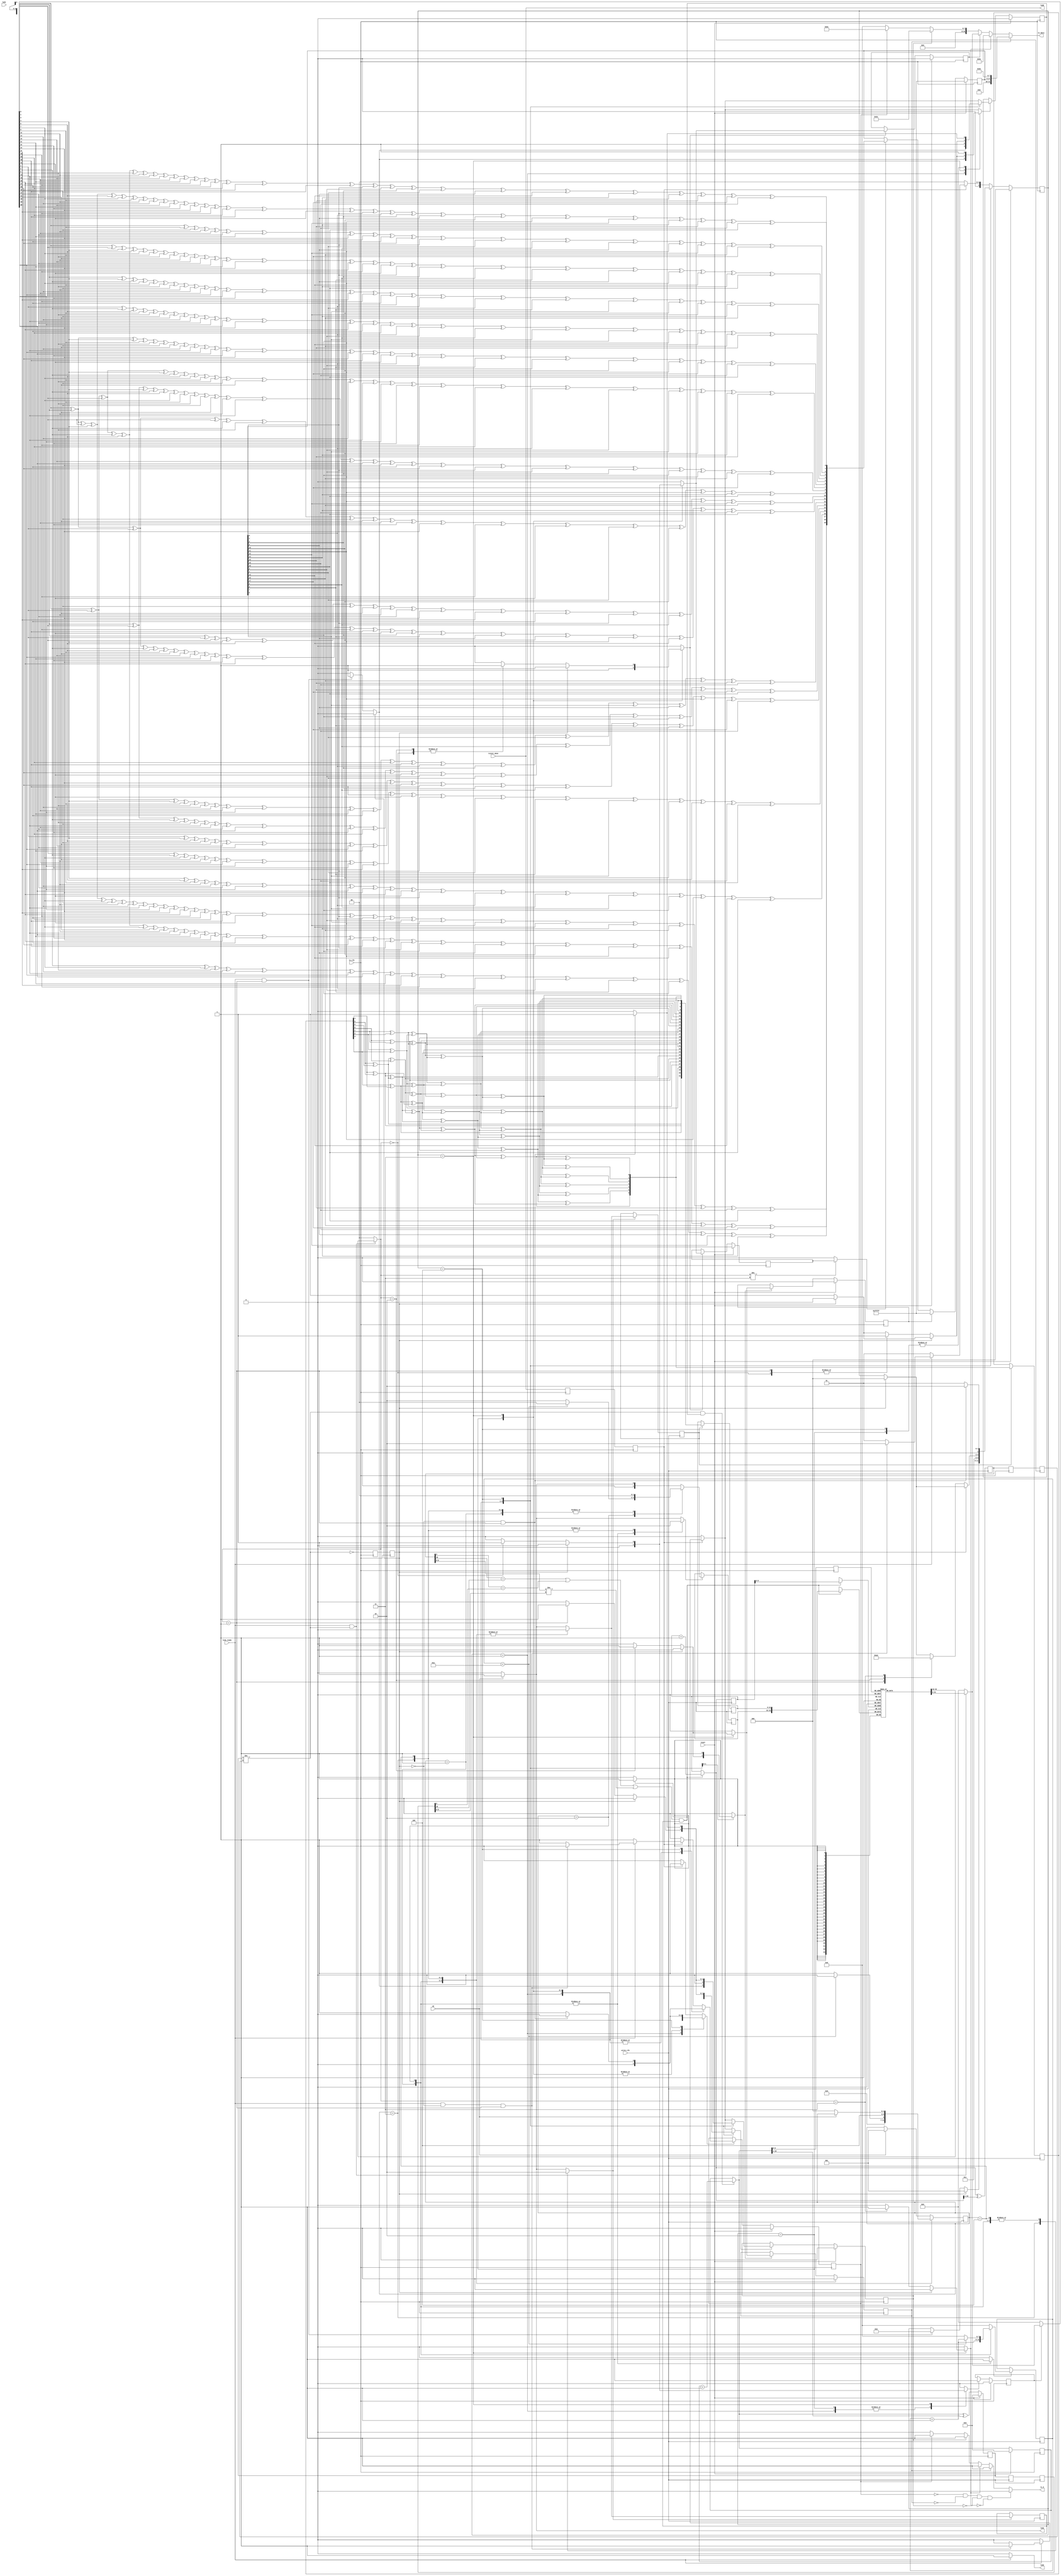
`timescale 1ns / 1ps
//////////////////////////////////////////////////////////////////////////////////
// Company: 
// Engineer: 
// 
// Design Name: 
// Module Name: top_logic
// Project Name: 
// Target Devices: 
// Tool Versions: 
// Description: 
// 
// Dependencies: 
// 
// Revision:
// Revision 0.01 - File Created
// Additional Comments:
// 
//////////////////////////////////////////////////////////////////////////////////


module top_logic(
	input link_ready,
	input we,
	output led0,
	input led1,
	output reg led2,
	output reg led3,
	input reset,
	input tx_clk,
	input write_clk,
	input txinit_done,
	output [31:0] tx_data,
	output tx_k
);

wire link_ready1;
reg [31:0] data_in;
reg [1:0] data_type_in;
reg [31:0] data_out;
wire fifo_empty0;
wire fifo_re;
wire tx_init_done0;
reg k;
reg [31:0] crc_encoder_i_data_payload;
reg crc_encoder_i_data_strobe;
wire [19:0] crc_encoder_o_crc;
wire crc_encoder_reset;
wire [31:0] crc_encoder_crc_dat;
reg [19:0] crc_encoder_crc_cur = 20'd1048575;
reg [19:0] crc_encoder_crc_next;
wire stream_controller_link_ready;
wire stream_controller_fifo_empty;
wire [1:0] stream_controller_data_type;
wire stream_controller_tx_init_done;
reg stream_controller_sop = 1'd0;
reg stream_controller_eop = 1'd0;
reg stream_controller_ign;
reg stream_controller_idle = 1'd0;
reg stream_controller_intermediate = 1'd0;
reg stream_controller_encoder_ready = 1'd0;
reg stream_controller_fifo_re = 1'd0;
reg stream_controller_strobe_crc = 1'd0;
reg stream_controller_reset_crc = 1'd0;
reg stream_controller_aux_ign = 1'd0;
reg stream_controller_reset = 1'd0;
wire tx_init_done1;
wire fifo_empty1;
wire write_clk_1;
reg write_rst = 1'd0;
wire tx_clk_1;
wire tx_rst;
wire asyncfifo_we;
wire asyncfifo_writable;
wire asyncfifo_re;
wire asyncfifo_readable;
wire [33:0] asyncfifo_din;
wire [33:0] asyncfifo_dout;
wire graycounter0_ce;
(* no_retiming = "true" *) reg [10:0] graycounter0_q = 11'd0;
wire [10:0] graycounter0_q_next;
reg [10:0] graycounter0_q_binary = 11'd0;
reg [10:0] graycounter0_q_next_binary;
wire graycounter1_ce;
(* no_retiming = "true" *) reg [10:0] graycounter1_q = 11'd0;
wire [10:0] graycounter1_q_next;
reg [10:0] graycounter1_q_binary = 11'd0;
reg [10:0] graycounter1_q_next_binary;
wire [10:0] produce_rdomain;
wire [10:0] consume_wdomain;
wire [9:0] wrport_adr;
wire [33:0] wrport_dat_r;
wire wrport_we;
wire [33:0] wrport_dat_w;
wire [9:0] rdport_adr;
wire [33:0] rdport_dat_r;
reg [31:0] o = 32'd0;
wire enable;
reg [6:0] state = 7'd1;
reg prbs_en = 1'd0;
reg [1:0] data_type = 2'd0;
reg [7:0] index = 8'd0;
wire [7:0] i_ignored;
reg write_fifo = 1'd0;
reg [2:0] tx_state = 3'd0;
reg [2:0] tx_next_state;
reg stream_controller_fifo_re_clockdomainsrenamer0_t_next_value0;
reg stream_controller_fifo_re_clockdomainsrenamer0_t_next_value_ce0;
reg stream_controller_sop_clockdomainsrenamer0_t_next_value1;
reg stream_controller_sop_clockdomainsrenamer0_t_next_value_ce1;
reg stream_controller_idle_clockdomainsrenamer0_t_next_value2;
reg stream_controller_idle_clockdomainsrenamer0_t_next_value_ce2;
reg stream_controller_encoder_ready_clockdomainsrenamer0_next_value0;
reg stream_controller_encoder_ready_clockdomainsrenamer0_next_value_ce0;
reg stream_controller_intermediate_clockdomainsrenamer0_next_value1;
reg stream_controller_intermediate_clockdomainsrenamer0_next_value_ce1;
reg stream_controller_strobe_crc_clockdomainsrenamer0_next_value2;
reg stream_controller_strobe_crc_clockdomainsrenamer0_next_value_ce2;
reg stream_controller_aux_ign_clockdomainsrenamer0_cases_next_value0;
reg stream_controller_aux_ign_clockdomainsrenamer0_cases_next_value_ce0;
reg stream_controller_eop_clockdomainsrenamer0_cases_next_value1;
reg stream_controller_eop_clockdomainsrenamer0_cases_next_value_ce1;
reg stream_controller_reset_crc_clockdomainsrenamer0_cases_next_value2;
reg stream_controller_reset_crc_clockdomainsrenamer0_cases_next_value_ce2;
reg [2:0] fsm_state = 3'd0;
reg [2:0] fsm_next_state;
reg prbs_en_clockdomainsrenamer1_next_value0;
reg prbs_en_clockdomainsrenamer1_next_value_ce0;
reg [1:0] data_type_clockdomainsrenamer1_next_value1;
reg data_type_clockdomainsrenamer1_next_value_ce1;
reg write_fifo_clockdomainsrenamer1_next_value2;
reg write_fifo_clockdomainsrenamer1_next_value_ce2;
reg [7:0] index_clockdomainsrenamer1_next_value3;
reg index_clockdomainsrenamer1_next_value_ce3;
(* no_retiming = "true" *) reg multiregimpl0_regs0 = 1'd0;
(* no_retiming = "true" *) reg multiregimpl0_regs1 = 1'd0;
(* no_retiming = "true" *) reg multiregimpl1_regs0 = 1'd0;
(* no_retiming = "true" *) reg multiregimpl1_regs1 = 1'd0;
(* no_retiming = "true" *) reg [10:0] multiregimpl2_regs0 = 11'd0;
(* no_retiming = "true" *) reg [10:0] multiregimpl2_regs1 = 11'd0;
(* no_retiming = "true" *) reg [10:0] multiregimpl3_regs0 = 11'd0;
(* no_retiming = "true" *) reg [10:0] multiregimpl3_regs1 = 11'd0;

// synthesis translate_off
reg dummy_s;
initial dummy_s <= 1'd0;
// synthesis translate_on

assign write_clk_1 = write_clk;
assign tx_rst = reset;
assign tx_clk_1 = tx_clk;
assign i_ignored = 6'd51;
assign asyncfifo_din = {data_type, o};
assign enable = prbs_en;
assign asyncfifo_we = write_fifo;
assign asyncfifo_re = fifo_re;
assign link_ready1 = link_ready;
assign fifo_empty0 = (~asyncfifo_readable);
assign tx_init_done0 = txinit_done;

// synthesis translate_off
reg dummy_d;
// synthesis translate_on
always @(*) begin
	data_in <= 32'd0;
	data_type_in <= 2'd0;
	if ((link_ready & asyncfifo_readable)) begin
		data_type_in <= asyncfifo_dout[33:32];
		data_in <= asyncfifo_dout[31:0];
	end
// synthesis translate_off
	dummy_d <= dummy_s;
// synthesis translate_on
end
assign tx_k = k;
assign led0 = txinit_done;

// synthesis translate_off
reg dummy_d_1;
// synthesis translate_on
always @(*) begin
	led3 <= 1'd0;
	if (we) begin
		led3 <= 1'd1;
	end
// synthesis translate_off
	dummy_d_1 <= dummy_s;
// synthesis translate_on
end
assign tx_data = data_out;

// synthesis translate_off
reg dummy_d_2;
// synthesis translate_on
always @(*) begin
	led2 <= 1'd0;
	if (link_ready) begin
		led2 <= 1'd1;
	end
// synthesis translate_off
	dummy_d_2 <= dummy_s;
// synthesis translate_on
end
assign graycounter0_ce = (asyncfifo_writable & asyncfifo_we);
assign graycounter1_ce = (asyncfifo_readable & asyncfifo_re);
assign asyncfifo_writable = (((graycounter0_q[10] == consume_wdomain[10]) | (graycounter0_q[9] == consume_wdomain[9])) | (graycounter0_q[8:0] != consume_wdomain[8:0]));
assign asyncfifo_readable = (graycounter1_q != produce_rdomain);
assign wrport_adr = graycounter0_q_binary[9:0];
assign wrport_dat_w = asyncfifo_din;
assign wrport_we = graycounter0_ce;
assign rdport_adr = graycounter1_q_next_binary[9:0];
assign asyncfifo_dout = rdport_dat_r;

// synthesis translate_off
reg dummy_d_3;
// synthesis translate_on
always @(*) begin
	graycounter0_q_next_binary <= 11'd0;
	if (graycounter0_ce) begin
		graycounter0_q_next_binary <= (graycounter0_q_binary + 1'd1);
	end else begin
		graycounter0_q_next_binary <= graycounter0_q_binary;
	end
// synthesis translate_off
	dummy_d_3 <= dummy_s;
// synthesis translate_on
end
assign graycounter0_q_next = (graycounter0_q_next_binary ^ graycounter0_q_next_binary[10:1]);

// synthesis translate_off
reg dummy_d_4;
// synthesis translate_on
always @(*) begin
	graycounter1_q_next_binary <= 11'd0;
	if (graycounter1_ce) begin
		graycounter1_q_next_binary <= (graycounter1_q_binary + 1'd1);
	end else begin
		graycounter1_q_next_binary <= graycounter1_q_binary;
	end
// synthesis translate_off
	dummy_d_4 <= dummy_s;
// synthesis translate_on
end
assign graycounter1_q_next = (graycounter1_q_next_binary ^ graycounter1_q_next_binary[10:1]);
assign stream_controller_link_ready = link_ready1;
assign stream_controller_fifo_empty = fifo_empty1;
assign stream_controller_data_type = data_type_in;
assign stream_controller_tx_init_done = tx_init_done1;
assign fifo_re = stream_controller_fifo_re;

// synthesis translate_off
reg dummy_d_5;
// synthesis translate_on
always @(*) begin
	crc_encoder_i_data_strobe <= 1'd0;
	if ((data_type_in != 2'd3)) begin
		crc_encoder_i_data_strobe <= stream_controller_strobe_crc;
	end
// synthesis translate_off
	dummy_d_5 <= dummy_s;
// synthesis translate_on
end
assign crc_encoder_reset = stream_controller_reset_crc;

// synthesis translate_off
reg dummy_d_6;
// synthesis translate_on
always @(*) begin
	crc_encoder_i_data_payload <= 32'd0;
	if (stream_controller_encoder_ready) begin
		crc_encoder_i_data_payload <= data_in;
	end
// synthesis translate_off
	dummy_d_6 <= dummy_s;
// synthesis translate_on
end

// synthesis translate_off
reg dummy_d_7;
// synthesis translate_on
always @(*) begin
	data_out <= 32'd0;
	k <= 1'd0;
	if (stream_controller_idle) begin
		data_out <= 8'd188;
		k <= 1'd1;
	end
	if (stream_controller_sop) begin
		data_out <= 6'd60;
		k <= 1'd1;
	end
	if (stream_controller_intermediate) begin
		data_out <= data_in;
	end
	if (stream_controller_ign) begin
		data_out <= 7'd92;
		k <= 1'd1;
	end
	if (stream_controller_eop) begin
		data_out <= {crc_encoder_o_crc, 8'd220};
		k <= 1'd1;
	end
	if (((((~stream_controller_idle) & (~stream_controller_eop)) & (~stream_controller_sop)) & (~stream_controller_ign))) begin
		k <= 1'd0;
	end
// synthesis translate_off
	dummy_d_7 <= dummy_s;
// synthesis translate_on
end
assign crc_encoder_crc_dat = crc_encoder_i_data_payload;
assign crc_encoder_o_crc = crc_encoder_crc_cur;

// synthesis translate_off
reg dummy_d_8;
// synthesis translate_on
always @(*) begin
	crc_encoder_crc_next <= 20'd151419;
	crc_encoder_crc_next[0] <= ((((((((((((((((((((((((((((crc_encoder_crc_dat[0] ^ crc_encoder_crc_dat[1]) ^ crc_encoder_crc_dat[3]) ^ crc_encoder_crc_dat[4]) ^ crc_encoder_crc_dat[6]) ^ crc_encoder_crc_dat[7]) ^ crc_encoder_crc_dat[8]) ^ crc_encoder_crc_dat[12]) ^ crc_encoder_crc_dat[13]) ^ crc_encoder_crc_dat[15]) ^ crc_encoder_crc_dat[21]) ^ crc_encoder_crc_dat[22]) ^ crc_encoder_crc_dat[23]) ^ crc_encoder_crc_dat[24]) ^ crc_encoder_crc_dat[26]) ^ crc_encoder_crc_dat[28]) ^ crc_encoder_crc_dat[30]) ^ crc_encoder_crc_dat[31]) ^ crc_encoder_crc_cur[0]) ^ crc_encoder_crc_cur[1]) ^ crc_encoder_crc_cur[3]) ^ crc_encoder_crc_cur[9]) ^ crc_encoder_crc_cur[10]) ^ crc_encoder_crc_cur[11]) ^ crc_encoder_crc_cur[12]) ^ crc_encoder_crc_cur[14]) ^ crc_encoder_crc_cur[16]) ^ crc_encoder_crc_cur[18]) ^ crc_encoder_crc_cur[19]);
	crc_encoder_crc_next[1] <= (((((((((((((((((((((((((((crc_encoder_crc_dat[0] ^ crc_encoder_crc_dat[2]) ^ crc_encoder_crc_dat[3]) ^ crc_encoder_crc_dat[5]) ^ crc_encoder_crc_dat[6]) ^ crc_encoder_crc_dat[9]) ^ crc_encoder_crc_dat[12]) ^ crc_encoder_crc_dat[14]) ^ crc_encoder_crc_dat[15]) ^ crc_encoder_crc_dat[16]) ^ crc_encoder_crc_dat[21]) ^ crc_encoder_crc_dat[25]) ^ crc_encoder_crc_dat[26]) ^ crc_encoder_crc_dat[27]) ^ crc_encoder_crc_dat[28]) ^ crc_encoder_crc_dat[29]) ^ crc_encoder_crc_dat[30]) ^ crc_encoder_crc_cur[0]) ^ crc_encoder_crc_cur[2]) ^ crc_encoder_crc_cur[3]) ^ crc_encoder_crc_cur[4]) ^ crc_encoder_crc_cur[9]) ^ crc_encoder_crc_cur[13]) ^ crc_encoder_crc_cur[14]) ^ crc_encoder_crc_cur[15]) ^ crc_encoder_crc_cur[16]) ^ crc_encoder_crc_cur[17]) ^ crc_encoder_crc_cur[18]);
	crc_encoder_crc_next[2] <= ((((((((((((((((((crc_encoder_crc_dat[0] ^ crc_encoder_crc_dat[8]) ^ crc_encoder_crc_dat[10]) ^ crc_encoder_crc_dat[12]) ^ crc_encoder_crc_dat[16]) ^ crc_encoder_crc_dat[17]) ^ crc_encoder_crc_dat[21]) ^ crc_encoder_crc_dat[23]) ^ crc_encoder_crc_dat[24]) ^ crc_encoder_crc_dat[27]) ^ crc_encoder_crc_dat[29]) ^ crc_encoder_crc_cur[0]) ^ crc_encoder_crc_cur[4]) ^ crc_encoder_crc_cur[5]) ^ crc_encoder_crc_cur[9]) ^ crc_encoder_crc_cur[11]) ^ crc_encoder_crc_cur[12]) ^ crc_encoder_crc_cur[15]) ^ crc_encoder_crc_cur[17]);
	crc_encoder_crc_next[3] <= (((((((((((((((((((((((((crc_encoder_crc_dat[0] ^ crc_encoder_crc_dat[3]) ^ crc_encoder_crc_dat[4]) ^ crc_encoder_crc_dat[6]) ^ crc_encoder_crc_dat[7]) ^ crc_encoder_crc_dat[8]) ^ crc_encoder_crc_dat[9]) ^ crc_encoder_crc_dat[11]) ^ crc_encoder_crc_dat[12]) ^ crc_encoder_crc_dat[15]) ^ crc_encoder_crc_dat[17]) ^ crc_encoder_crc_dat[18]) ^ crc_encoder_crc_dat[21]) ^ crc_encoder_crc_dat[23]) ^ crc_encoder_crc_dat[25]) ^ crc_encoder_crc_dat[26]) ^ crc_encoder_crc_dat[31]) ^ crc_encoder_crc_cur[0]) ^ crc_encoder_crc_cur[3]) ^ crc_encoder_crc_cur[5]) ^ crc_encoder_crc_cur[6]) ^ crc_encoder_crc_cur[9]) ^ crc_encoder_crc_cur[11]) ^ crc_encoder_crc_cur[13]) ^ crc_encoder_crc_cur[14]) ^ crc_encoder_crc_cur[19]);
	crc_encoder_crc_next[4] <= ((((((((((((((((((((((((crc_encoder_crc_dat[1] ^ crc_encoder_crc_dat[4]) ^ crc_encoder_crc_dat[5]) ^ crc_encoder_crc_dat[7]) ^ crc_encoder_crc_dat[8]) ^ crc_encoder_crc_dat[9]) ^ crc_encoder_crc_dat[10]) ^ crc_encoder_crc_dat[12]) ^ crc_encoder_crc_dat[13]) ^ crc_encoder_crc_dat[16]) ^ crc_encoder_crc_dat[18]) ^ crc_encoder_crc_dat[19]) ^ crc_encoder_crc_dat[22]) ^ crc_encoder_crc_dat[24]) ^ crc_encoder_crc_dat[26]) ^ crc_encoder_crc_dat[27]) ^ crc_encoder_crc_cur[0]) ^ crc_encoder_crc_cur[1]) ^ crc_encoder_crc_cur[4]) ^ crc_encoder_crc_cur[6]) ^ crc_encoder_crc_cur[7]) ^ crc_encoder_crc_cur[10]) ^ crc_encoder_crc_cur[12]) ^ crc_encoder_crc_cur[14]) ^ crc_encoder_crc_cur[15]);
	crc_encoder_crc_next[5] <= ((((((((((((((((((((((((crc_encoder_crc_dat[2] ^ crc_encoder_crc_dat[5]) ^ crc_encoder_crc_dat[6]) ^ crc_encoder_crc_dat[8]) ^ crc_encoder_crc_dat[9]) ^ crc_encoder_crc_dat[10]) ^ crc_encoder_crc_dat[11]) ^ crc_encoder_crc_dat[13]) ^ crc_encoder_crc_dat[14]) ^ crc_encoder_crc_dat[17]) ^ crc_encoder_crc_dat[19]) ^ crc_encoder_crc_dat[20]) ^ crc_encoder_crc_dat[23]) ^ crc_encoder_crc_dat[25]) ^ crc_encoder_crc_dat[27]) ^ crc_encoder_crc_dat[28]) ^ crc_encoder_crc_cur[1]) ^ crc_encoder_crc_cur[2]) ^ crc_encoder_crc_cur[5]) ^ crc_encoder_crc_cur[7]) ^ crc_encoder_crc_cur[8]) ^ crc_encoder_crc_cur[11]) ^ crc_encoder_crc_cur[13]) ^ crc_encoder_crc_cur[15]) ^ crc_encoder_crc_cur[16]);
	crc_encoder_crc_next[6] <= ((((((((((((((((((((((((crc_encoder_crc_dat[0] ^ crc_encoder_crc_dat[1]) ^ crc_encoder_crc_dat[4]) ^ crc_encoder_crc_dat[8]) ^ crc_encoder_crc_dat[9]) ^ crc_encoder_crc_dat[10]) ^ crc_encoder_crc_dat[11]) ^ crc_encoder_crc_dat[13]) ^ crc_encoder_crc_dat[14]) ^ crc_encoder_crc_dat[18]) ^ crc_encoder_crc_dat[20]) ^ crc_encoder_crc_dat[22]) ^ crc_encoder_crc_dat[23]) ^ crc_encoder_crc_dat[29]) ^ crc_encoder_crc_dat[30]) ^ crc_encoder_crc_dat[31]) ^ crc_encoder_crc_cur[1]) ^ crc_encoder_crc_cur[2]) ^ crc_encoder_crc_cur[6]) ^ crc_encoder_crc_cur[8]) ^ crc_encoder_crc_cur[10]) ^ crc_encoder_crc_cur[11]) ^ crc_encoder_crc_cur[17]) ^ crc_encoder_crc_cur[18]) ^ crc_encoder_crc_cur[19]);
	crc_encoder_crc_next[7] <= ((((((((((((((((((((((crc_encoder_crc_dat[0] ^ crc_encoder_crc_dat[2]) ^ crc_encoder_crc_dat[3]) ^ crc_encoder_crc_dat[4]) ^ crc_encoder_crc_dat[5]) ^ crc_encoder_crc_dat[6]) ^ crc_encoder_crc_dat[7]) ^ crc_encoder_crc_dat[8]) ^ crc_encoder_crc_dat[9]) ^ crc_encoder_crc_dat[10]) ^ crc_encoder_crc_dat[11]) ^ crc_encoder_crc_dat[13]) ^ crc_encoder_crc_dat[14]) ^ crc_encoder_crc_dat[19]) ^ crc_encoder_crc_dat[22]) ^ crc_encoder_crc_dat[26]) ^ crc_encoder_crc_dat[28]) ^ crc_encoder_crc_cur[1]) ^ crc_encoder_crc_cur[2]) ^ crc_encoder_crc_cur[7]) ^ crc_encoder_crc_cur[10]) ^ crc_encoder_crc_cur[14]) ^ crc_encoder_crc_cur[16]);
	crc_encoder_crc_next[8] <= (((((((((((((((((((((((crc_encoder_crc_dat[1] ^ crc_encoder_crc_dat[3]) ^ crc_encoder_crc_dat[4]) ^ crc_encoder_crc_dat[5]) ^ crc_encoder_crc_dat[6]) ^ crc_encoder_crc_dat[7]) ^ crc_encoder_crc_dat[8]) ^ crc_encoder_crc_dat[9]) ^ crc_encoder_crc_dat[10]) ^ crc_encoder_crc_dat[11]) ^ crc_encoder_crc_dat[12]) ^ crc_encoder_crc_dat[14]) ^ crc_encoder_crc_dat[15]) ^ crc_encoder_crc_dat[20]) ^ crc_encoder_crc_dat[23]) ^ crc_encoder_crc_dat[27]) ^ crc_encoder_crc_dat[29]) ^ crc_encoder_crc_cur[0]) ^ crc_encoder_crc_cur[2]) ^ crc_encoder_crc_cur[3]) ^ crc_encoder_crc_cur[8]) ^ crc_encoder_crc_cur[11]) ^ crc_encoder_crc_cur[15]) ^ crc_encoder_crc_cur[17]);
	crc_encoder_crc_next[9] <= (((((((((((((((((crc_encoder_crc_dat[0] ^ crc_encoder_crc_dat[1]) ^ crc_encoder_crc_dat[2]) ^ crc_encoder_crc_dat[3]) ^ crc_encoder_crc_dat[5]) ^ crc_encoder_crc_dat[9]) ^ crc_encoder_crc_dat[10]) ^ crc_encoder_crc_dat[11]) ^ crc_encoder_crc_dat[16]) ^ crc_encoder_crc_dat[22]) ^ crc_encoder_crc_dat[23]) ^ crc_encoder_crc_dat[26]) ^ crc_encoder_crc_dat[31]) ^ crc_encoder_crc_cur[4]) ^ crc_encoder_crc_cur[10]) ^ crc_encoder_crc_cur[11]) ^ crc_encoder_crc_cur[14]) ^ crc_encoder_crc_cur[19]);
	crc_encoder_crc_next[10] <= ((((((((((((((((crc_encoder_crc_dat[1] ^ crc_encoder_crc_dat[2]) ^ crc_encoder_crc_dat[3]) ^ crc_encoder_crc_dat[4]) ^ crc_encoder_crc_dat[6]) ^ crc_encoder_crc_dat[10]) ^ crc_encoder_crc_dat[11]) ^ crc_encoder_crc_dat[12]) ^ crc_encoder_crc_dat[17]) ^ crc_encoder_crc_dat[23]) ^ crc_encoder_crc_dat[24]) ^ crc_encoder_crc_dat[27]) ^ crc_encoder_crc_cur[0]) ^ crc_encoder_crc_cur[5]) ^ crc_encoder_crc_cur[11]) ^ crc_encoder_crc_cur[12]) ^ crc_encoder_crc_cur[15]);
	crc_encoder_crc_next[11] <= ((((((((((((((((((((((((crc_encoder_crc_dat[0] ^ crc_encoder_crc_dat[1]) ^ crc_encoder_crc_dat[2]) ^ crc_encoder_crc_dat[5]) ^ crc_encoder_crc_dat[6]) ^ crc_encoder_crc_dat[8]) ^ crc_encoder_crc_dat[11]) ^ crc_encoder_crc_dat[15]) ^ crc_encoder_crc_dat[18]) ^ crc_encoder_crc_dat[21]) ^ crc_encoder_crc_dat[22]) ^ crc_encoder_crc_dat[23]) ^ crc_encoder_crc_dat[25]) ^ crc_encoder_crc_dat[26]) ^ crc_encoder_crc_dat[30]) ^ crc_encoder_crc_dat[31]) ^ crc_encoder_crc_cur[3]) ^ crc_encoder_crc_cur[6]) ^ crc_encoder_crc_cur[9]) ^ crc_encoder_crc_cur[10]) ^ crc_encoder_crc_cur[11]) ^ crc_encoder_crc_cur[13]) ^ crc_encoder_crc_cur[14]) ^ crc_encoder_crc_cur[18]) ^ crc_encoder_crc_cur[19]);
	crc_encoder_crc_next[12] <= ((((((((((((((((((((crc_encoder_crc_dat[0] ^ crc_encoder_crc_dat[2]) ^ crc_encoder_crc_dat[4]) ^ crc_encoder_crc_dat[8]) ^ crc_encoder_crc_dat[9]) ^ crc_encoder_crc_dat[13]) ^ crc_encoder_crc_dat[15]) ^ crc_encoder_crc_dat[16]) ^ crc_encoder_crc_dat[19]) ^ crc_encoder_crc_dat[21]) ^ crc_encoder_crc_dat[27]) ^ crc_encoder_crc_dat[28]) ^ crc_encoder_crc_dat[30]) ^ crc_encoder_crc_cur[1]) ^ crc_encoder_crc_cur[3]) ^ crc_encoder_crc_cur[4]) ^ crc_encoder_crc_cur[7]) ^ crc_encoder_crc_cur[9]) ^ crc_encoder_crc_cur[15]) ^ crc_encoder_crc_cur[16]) ^ crc_encoder_crc_cur[18]);
	crc_encoder_crc_next[13] <= ((((((((((((((((((((crc_encoder_crc_dat[1] ^ crc_encoder_crc_dat[3]) ^ crc_encoder_crc_dat[5]) ^ crc_encoder_crc_dat[9]) ^ crc_encoder_crc_dat[10]) ^ crc_encoder_crc_dat[14]) ^ crc_encoder_crc_dat[16]) ^ crc_encoder_crc_dat[17]) ^ crc_encoder_crc_dat[20]) ^ crc_encoder_crc_dat[22]) ^ crc_encoder_crc_dat[28]) ^ crc_encoder_crc_dat[29]) ^ crc_encoder_crc_dat[31]) ^ crc_encoder_crc_cur[2]) ^ crc_encoder_crc_cur[4]) ^ crc_encoder_crc_cur[5]) ^ crc_encoder_crc_cur[8]) ^ crc_encoder_crc_cur[10]) ^ crc_encoder_crc_cur[16]) ^ crc_encoder_crc_cur[17]) ^ crc_encoder_crc_cur[19]);
	crc_encoder_crc_next[14] <= ((((((((((((((((((crc_encoder_crc_dat[2] ^ crc_encoder_crc_dat[4]) ^ crc_encoder_crc_dat[6]) ^ crc_encoder_crc_dat[10]) ^ crc_encoder_crc_dat[11]) ^ crc_encoder_crc_dat[15]) ^ crc_encoder_crc_dat[17]) ^ crc_encoder_crc_dat[18]) ^ crc_encoder_crc_dat[21]) ^ crc_encoder_crc_dat[23]) ^ crc_encoder_crc_dat[29]) ^ crc_encoder_crc_dat[30]) ^ crc_encoder_crc_cur[3]) ^ crc_encoder_crc_cur[5]) ^ crc_encoder_crc_cur[6]) ^ crc_encoder_crc_cur[9]) ^ crc_encoder_crc_cur[11]) ^ crc_encoder_crc_cur[17]) ^ crc_encoder_crc_cur[18]);
	crc_encoder_crc_next[15] <= (((((((((((((((((((crc_encoder_crc_dat[3] ^ crc_encoder_crc_dat[5]) ^ crc_encoder_crc_dat[7]) ^ crc_encoder_crc_dat[11]) ^ crc_encoder_crc_dat[12]) ^ crc_encoder_crc_dat[16]) ^ crc_encoder_crc_dat[18]) ^ crc_encoder_crc_dat[19]) ^ crc_encoder_crc_dat[22]) ^ crc_encoder_crc_dat[24]) ^ crc_encoder_crc_dat[30]) ^ crc_encoder_crc_dat[31]) ^ crc_encoder_crc_cur[0]) ^ crc_encoder_crc_cur[4]) ^ crc_encoder_crc_cur[6]) ^ crc_encoder_crc_cur[7]) ^ crc_encoder_crc_cur[10]) ^ crc_encoder_crc_cur[12]) ^ crc_encoder_crc_cur[18]) ^ crc_encoder_crc_cur[19]);
	crc_encoder_crc_next[16] <= ((((((((((((((((((crc_encoder_crc_dat[4] ^ crc_encoder_crc_dat[6]) ^ crc_encoder_crc_dat[8]) ^ crc_encoder_crc_dat[12]) ^ crc_encoder_crc_dat[13]) ^ crc_encoder_crc_dat[17]) ^ crc_encoder_crc_dat[19]) ^ crc_encoder_crc_dat[20]) ^ crc_encoder_crc_dat[23]) ^ crc_encoder_crc_dat[25]) ^ crc_encoder_crc_dat[31]) ^ crc_encoder_crc_cur[0]) ^ crc_encoder_crc_cur[1]) ^ crc_encoder_crc_cur[5]) ^ crc_encoder_crc_cur[7]) ^ crc_encoder_crc_cur[8]) ^ crc_encoder_crc_cur[11]) ^ crc_encoder_crc_cur[13]) ^ crc_encoder_crc_cur[19]);
	crc_encoder_crc_next[17] <= ((((((((((((((((crc_encoder_crc_dat[5] ^ crc_encoder_crc_dat[7]) ^ crc_encoder_crc_dat[9]) ^ crc_encoder_crc_dat[13]) ^ crc_encoder_crc_dat[14]) ^ crc_encoder_crc_dat[18]) ^ crc_encoder_crc_dat[20]) ^ crc_encoder_crc_dat[21]) ^ crc_encoder_crc_dat[24]) ^ crc_encoder_crc_dat[26]) ^ crc_encoder_crc_cur[1]) ^ crc_encoder_crc_cur[2]) ^ crc_encoder_crc_cur[6]) ^ crc_encoder_crc_cur[8]) ^ crc_encoder_crc_cur[9]) ^ crc_encoder_crc_cur[12]) ^ crc_encoder_crc_cur[14]);
	crc_encoder_crc_next[18] <= (((((((((((((((((((((((((((((crc_encoder_crc_dat[0] ^ crc_encoder_crc_dat[1]) ^ crc_encoder_crc_dat[3]) ^ crc_encoder_crc_dat[4]) ^ crc_encoder_crc_dat[7]) ^ crc_encoder_crc_dat[10]) ^ crc_encoder_crc_dat[12]) ^ crc_encoder_crc_dat[13]) ^ crc_encoder_crc_dat[14]) ^ crc_encoder_crc_dat[19]) ^ crc_encoder_crc_dat[23]) ^ crc_encoder_crc_dat[24]) ^ crc_encoder_crc_dat[25]) ^ crc_encoder_crc_dat[26]) ^ crc_encoder_crc_dat[27]) ^ crc_encoder_crc_dat[28]) ^ crc_encoder_crc_dat[30]) ^ crc_encoder_crc_dat[31]) ^ crc_encoder_crc_cur[0]) ^ crc_encoder_crc_cur[1]) ^ crc_encoder_crc_cur[2]) ^ crc_encoder_crc_cur[7]) ^ crc_encoder_crc_cur[11]) ^ crc_encoder_crc_cur[12]) ^ crc_encoder_crc_cur[13]) ^ crc_encoder_crc_cur[14]) ^ crc_encoder_crc_cur[15]) ^ crc_encoder_crc_cur[16]) ^ crc_encoder_crc_cur[18]) ^ crc_encoder_crc_cur[19]);
	crc_encoder_crc_next[19] <= ((((((((((((((((((((((((((crc_encoder_crc_dat[0] ^ crc_encoder_crc_dat[2]) ^ crc_encoder_crc_dat[3]) ^ crc_encoder_crc_dat[5]) ^ crc_encoder_crc_dat[6]) ^ crc_encoder_crc_dat[7]) ^ crc_encoder_crc_dat[11]) ^ crc_encoder_crc_dat[12]) ^ crc_encoder_crc_dat[14]) ^ crc_encoder_crc_dat[20]) ^ crc_encoder_crc_dat[21]) ^ crc_encoder_crc_dat[22]) ^ crc_encoder_crc_dat[23]) ^ crc_encoder_crc_dat[25]) ^ crc_encoder_crc_dat[27]) ^ crc_encoder_crc_dat[29]) ^ crc_encoder_crc_dat[30]) ^ crc_encoder_crc_cur[0]) ^ crc_encoder_crc_cur[2]) ^ crc_encoder_crc_cur[8]) ^ crc_encoder_crc_cur[9]) ^ crc_encoder_crc_cur[10]) ^ crc_encoder_crc_cur[11]) ^ crc_encoder_crc_cur[13]) ^ crc_encoder_crc_cur[15]) ^ crc_encoder_crc_cur[17]) ^ crc_encoder_crc_cur[18]);
// synthesis translate_off
	dummy_d_8 <= dummy_s;
// synthesis translate_on
end

// synthesis translate_off
reg dummy_d_9;
// synthesis translate_on
always @(*) begin
	stream_controller_ign <= 1'd0;
	tx_next_state <= 3'd0;
	stream_controller_fifo_re_clockdomainsrenamer0_t_next_value0 <= 1'd0;
	stream_controller_fifo_re_clockdomainsrenamer0_t_next_value_ce0 <= 1'd0;
	stream_controller_sop_clockdomainsrenamer0_t_next_value1 <= 1'd0;
	stream_controller_sop_clockdomainsrenamer0_t_next_value_ce1 <= 1'd0;
	stream_controller_idle_clockdomainsrenamer0_t_next_value2 <= 1'd0;
	stream_controller_idle_clockdomainsrenamer0_t_next_value_ce2 <= 1'd0;
	stream_controller_encoder_ready_clockdomainsrenamer0_next_value0 <= 1'd0;
	stream_controller_encoder_ready_clockdomainsrenamer0_next_value_ce0 <= 1'd0;
	stream_controller_intermediate_clockdomainsrenamer0_next_value1 <= 1'd0;
	stream_controller_intermediate_clockdomainsrenamer0_next_value_ce1 <= 1'd0;
	stream_controller_strobe_crc_clockdomainsrenamer0_next_value2 <= 1'd0;
	stream_controller_strobe_crc_clockdomainsrenamer0_next_value_ce2 <= 1'd0;
	stream_controller_aux_ign_clockdomainsrenamer0_cases_next_value0 <= 1'd0;
	stream_controller_aux_ign_clockdomainsrenamer0_cases_next_value_ce0 <= 1'd0;
	stream_controller_eop_clockdomainsrenamer0_cases_next_value1 <= 1'd0;
	stream_controller_eop_clockdomainsrenamer0_cases_next_value_ce1 <= 1'd0;
	stream_controller_reset_crc_clockdomainsrenamer0_cases_next_value2 <= 1'd0;
	stream_controller_reset_crc_clockdomainsrenamer0_cases_next_value_ce2 <= 1'd0;
	tx_next_state <= tx_state;
	case (tx_state)
		1'd1: begin
			stream_controller_encoder_ready_clockdomainsrenamer0_next_value0 <= 1'd1;
			stream_controller_encoder_ready_clockdomainsrenamer0_next_value_ce0 <= 1'd1;
			if (stream_controller_fifo_empty) begin
				tx_next_state <= 1'd1;
			end else begin
				if ((stream_controller_link_ready & (stream_controller_data_type == 1'd1))) begin
					tx_next_state <= 2'd2;
					stream_controller_fifo_re_clockdomainsrenamer0_t_next_value0 <= 1'd1;
					stream_controller_fifo_re_clockdomainsrenamer0_t_next_value_ce0 <= 1'd1;
					stream_controller_sop_clockdomainsrenamer0_t_next_value1 <= 1'd1;
					stream_controller_sop_clockdomainsrenamer0_t_next_value_ce1 <= 1'd1;
					stream_controller_idle_clockdomainsrenamer0_t_next_value2 <= 1'd0;
					stream_controller_idle_clockdomainsrenamer0_t_next_value_ce2 <= 1'd1;
				end
			end
		end
		2'd2: begin
			tx_next_state <= 2'd3;
			stream_controller_encoder_ready_clockdomainsrenamer0_next_value0 <= 1'd1;
			stream_controller_encoder_ready_clockdomainsrenamer0_next_value_ce0 <= 1'd1;
			stream_controller_intermediate_clockdomainsrenamer0_next_value1 <= 1'd1;
			stream_controller_intermediate_clockdomainsrenamer0_next_value_ce1 <= 1'd1;
			stream_controller_fifo_re_clockdomainsrenamer0_t_next_value0 <= 1'd1;
			stream_controller_fifo_re_clockdomainsrenamer0_t_next_value_ce0 <= 1'd1;
			stream_controller_sop_clockdomainsrenamer0_t_next_value1 <= 1'd0;
			stream_controller_sop_clockdomainsrenamer0_t_next_value_ce1 <= 1'd1;
			stream_controller_strobe_crc_clockdomainsrenamer0_next_value2 <= 1'd1;
			stream_controller_strobe_crc_clockdomainsrenamer0_next_value_ce2 <= 1'd1;
		end
		2'd3: begin
			if (stream_controller_fifo_empty) begin
				tx_next_state <= 1'd0;
			end else begin
				stream_controller_fifo_re_clockdomainsrenamer0_t_next_value0 <= 1'd1;
				stream_controller_fifo_re_clockdomainsrenamer0_t_next_value_ce0 <= 1'd1;
			end
			if ((~stream_controller_fifo_empty)) begin
				case (stream_controller_data_type)
					1'd0: begin
						stream_controller_encoder_ready_clockdomainsrenamer0_next_value0 <= 1'd1;
						stream_controller_encoder_ready_clockdomainsrenamer0_next_value_ce0 <= 1'd1;
						stream_controller_intermediate_clockdomainsrenamer0_next_value1 <= 1'd1;
						stream_controller_intermediate_clockdomainsrenamer0_next_value_ce1 <= 1'd1;
						stream_controller_strobe_crc_clockdomainsrenamer0_next_value2 <= 1'd1;
						stream_controller_strobe_crc_clockdomainsrenamer0_next_value_ce2 <= 1'd1;
						stream_controller_fifo_re_clockdomainsrenamer0_t_next_value0 <= 1'd1;
						stream_controller_fifo_re_clockdomainsrenamer0_t_next_value_ce0 <= 1'd1;
						stream_controller_aux_ign_clockdomainsrenamer0_cases_next_value0 <= 1'd0;
						stream_controller_aux_ign_clockdomainsrenamer0_cases_next_value_ce0 <= 1'd1;
					end
					1'd1: begin
						tx_next_state <= 2'd2;
						stream_controller_fifo_re_clockdomainsrenamer0_t_next_value0 <= 1'd1;
						stream_controller_fifo_re_clockdomainsrenamer0_t_next_value_ce0 <= 1'd1;
						stream_controller_sop_clockdomainsrenamer0_t_next_value1 <= 1'd1;
						stream_controller_sop_clockdomainsrenamer0_t_next_value_ce1 <= 1'd1;
					end
					2'd2: begin
						tx_next_state <= 3'd4;
						stream_controller_eop_clockdomainsrenamer0_cases_next_value1 <= 1'd1;
						stream_controller_eop_clockdomainsrenamer0_cases_next_value_ce1 <= 1'd1;
						stream_controller_strobe_crc_clockdomainsrenamer0_next_value2 <= 1'd0;
						stream_controller_strobe_crc_clockdomainsrenamer0_next_value_ce2 <= 1'd1;
						stream_controller_reset_crc_clockdomainsrenamer0_cases_next_value2 <= 1'd1;
						stream_controller_reset_crc_clockdomainsrenamer0_cases_next_value_ce2 <= 1'd1;
						stream_controller_intermediate_clockdomainsrenamer0_next_value1 <= 1'd0;
						stream_controller_intermediate_clockdomainsrenamer0_next_value_ce1 <= 1'd1;
						stream_controller_aux_ign_clockdomainsrenamer0_cases_next_value0 <= 1'd0;
						stream_controller_aux_ign_clockdomainsrenamer0_cases_next_value_ce0 <= 1'd1;
					end
					2'd3: begin
						tx_next_state <= 2'd3;
						stream_controller_ign <= 1'd1;
					end
				endcase
			end
		end
		3'd4: begin
			stream_controller_eop_clockdomainsrenamer0_cases_next_value1 <= 1'd0;
			stream_controller_eop_clockdomainsrenamer0_cases_next_value_ce1 <= 1'd1;
			stream_controller_reset_crc_clockdomainsrenamer0_cases_next_value2 <= 1'd0;
			stream_controller_reset_crc_clockdomainsrenamer0_cases_next_value_ce2 <= 1'd1;
			if (((~stream_controller_fifo_empty) & (stream_controller_data_type == 1'd1))) begin
				tx_next_state <= 2'd2;
				stream_controller_fifo_re_clockdomainsrenamer0_t_next_value0 <= 1'd1;
				stream_controller_fifo_re_clockdomainsrenamer0_t_next_value_ce0 <= 1'd1;
				stream_controller_sop_clockdomainsrenamer0_t_next_value1 <= 1'd1;
				stream_controller_sop_clockdomainsrenamer0_t_next_value_ce1 <= 1'd1;
			end else begin
				stream_controller_idle_clockdomainsrenamer0_t_next_value2 <= 1'd1;
				stream_controller_idle_clockdomainsrenamer0_t_next_value_ce2 <= 1'd1;
				stream_controller_fifo_re_clockdomainsrenamer0_t_next_value0 <= 1'd0;
				stream_controller_fifo_re_clockdomainsrenamer0_t_next_value_ce0 <= 1'd1;
				tx_next_state <= 1'd1;
			end
		end
		default: begin
			if (stream_controller_tx_init_done) begin
				if (stream_controller_link_ready) begin
					if (((stream_controller_link_ready & (~stream_controller_fifo_empty)) & (stream_controller_data_type == 1'd1))) begin
						tx_next_state <= 2'd2;
						stream_controller_fifo_re_clockdomainsrenamer0_t_next_value0 <= 1'd1;
						stream_controller_fifo_re_clockdomainsrenamer0_t_next_value_ce0 <= 1'd1;
						stream_controller_sop_clockdomainsrenamer0_t_next_value1 <= 1'd1;
						stream_controller_sop_clockdomainsrenamer0_t_next_value_ce1 <= 1'd1;
						stream_controller_idle_clockdomainsrenamer0_t_next_value2 <= 1'd0;
						stream_controller_idle_clockdomainsrenamer0_t_next_value_ce2 <= 1'd1;
					end else begin
						tx_next_state <= 1'd1;
						stream_controller_idle_clockdomainsrenamer0_t_next_value2 <= 1'd1;
						stream_controller_idle_clockdomainsrenamer0_t_next_value_ce2 <= 1'd1;
					end
				end else begin
					tx_next_state <= 1'd1;
					stream_controller_idle_clockdomainsrenamer0_t_next_value2 <= 1'd1;
					stream_controller_idle_clockdomainsrenamer0_t_next_value_ce2 <= 1'd1;
				end
			end else begin
				tx_next_state <= 1'd0;
			end
		end
	endcase
// synthesis translate_off
	dummy_d_9 <= dummy_s;
// synthesis translate_on
end

// synthesis translate_off
reg dummy_d_10;
// synthesis translate_on
always @(*) begin
	fsm_next_state <= 3'd0;
	prbs_en_clockdomainsrenamer1_next_value0 <= 1'd0;
	prbs_en_clockdomainsrenamer1_next_value_ce0 <= 1'd0;
	data_type_clockdomainsrenamer1_next_value1 <= 2'd0;
	data_type_clockdomainsrenamer1_next_value_ce1 <= 1'd0;
	write_fifo_clockdomainsrenamer1_next_value2 <= 1'd0;
	write_fifo_clockdomainsrenamer1_next_value_ce2 <= 1'd0;
	index_clockdomainsrenamer1_next_value3 <= 8'd0;
	index_clockdomainsrenamer1_next_value_ce3 <= 1'd0;
	fsm_next_state <= fsm_state;
	case (fsm_state)
		1'd1: begin
			data_type_clockdomainsrenamer1_next_value1 <= 1'd0;
			data_type_clockdomainsrenamer1_next_value_ce1 <= 1'd1;
			index_clockdomainsrenamer1_next_value3 <= (index + 1'd1);
			index_clockdomainsrenamer1_next_value_ce3 <= 1'd1;
			fsm_next_state <= 2'd2;
		end
		2'd2: begin
			if ((index < 8'd10)) begin
				data_type_clockdomainsrenamer1_next_value1 <= 1'd0;
				data_type_clockdomainsrenamer1_next_value_ce1 <= 1'd1;
				index_clockdomainsrenamer1_next_value3 <= (index + 1'd1);
				index_clockdomainsrenamer1_next_value_ce3 <= 1'd1;
				fsm_next_state <= 2'd2;
			end else begin
				fsm_next_state <= 2'd3;
				data_type_clockdomainsrenamer1_next_value1 <= 2'd2;
				data_type_clockdomainsrenamer1_next_value_ce1 <= 1'd1;
				index_clockdomainsrenamer1_next_value3 <= 1'd0;
				index_clockdomainsrenamer1_next_value_ce3 <= 1'd1;
			end
		end
		2'd3: begin
			prbs_en_clockdomainsrenamer1_next_value0 <= 1'd0;
			prbs_en_clockdomainsrenamer1_next_value_ce0 <= 1'd1;
			write_fifo_clockdomainsrenamer1_next_value2 <= 1'd0;
			write_fifo_clockdomainsrenamer1_next_value_ce2 <= 1'd1;
			fsm_next_state <= 3'd4;
		end
		3'd4: begin
			if ((~we)) begin
				fsm_next_state <= 1'd0;
			end
		end
		default: begin
			if (we) begin
				prbs_en_clockdomainsrenamer1_next_value0 <= 1'd1;
				prbs_en_clockdomainsrenamer1_next_value_ce0 <= 1'd1;
				data_type_clockdomainsrenamer1_next_value1 <= 1'd1;
				data_type_clockdomainsrenamer1_next_value_ce1 <= 1'd1;
				write_fifo_clockdomainsrenamer1_next_value2 <= 1'd1;
				write_fifo_clockdomainsrenamer1_next_value_ce2 <= 1'd1;
				fsm_next_state <= 1'd1;
			end
		end
	endcase
// synthesis translate_off
	dummy_d_10 <= dummy_s;
// synthesis translate_on
end
assign tx_init_done1 = multiregimpl0_regs1;
assign fifo_empty1 = multiregimpl1_regs1;
assign produce_rdomain = multiregimpl2_regs1;
assign consume_wdomain = multiregimpl3_regs1;

always @(posedge tx_clk_1) begin
	graycounter1_q_binary <= graycounter1_q_next_binary;
	graycounter1_q <= graycounter1_q_next;
	if (crc_encoder_i_data_strobe) begin
		crc_encoder_crc_cur <= crc_encoder_crc_next;
	end
	if (crc_encoder_reset) begin
		crc_encoder_crc_cur <= 20'd1048575;
	end
	tx_state <= tx_next_state;
	if (stream_controller_fifo_re_clockdomainsrenamer0_t_next_value_ce0) begin
		stream_controller_fifo_re <= stream_controller_fifo_re_clockdomainsrenamer0_t_next_value0;
	end
	if (stream_controller_sop_clockdomainsrenamer0_t_next_value_ce1) begin
		stream_controller_sop <= stream_controller_sop_clockdomainsrenamer0_t_next_value1;
	end
	if (stream_controller_idle_clockdomainsrenamer0_t_next_value_ce2) begin
		stream_controller_idle <= stream_controller_idle_clockdomainsrenamer0_t_next_value2;
	end
	if (stream_controller_encoder_ready_clockdomainsrenamer0_next_value_ce0) begin
		stream_controller_encoder_ready <= stream_controller_encoder_ready_clockdomainsrenamer0_next_value0;
	end
	if (stream_controller_intermediate_clockdomainsrenamer0_next_value_ce1) begin
		stream_controller_intermediate <= stream_controller_intermediate_clockdomainsrenamer0_next_value1;
	end
	if (stream_controller_strobe_crc_clockdomainsrenamer0_next_value_ce2) begin
		stream_controller_strobe_crc <= stream_controller_strobe_crc_clockdomainsrenamer0_next_value2;
	end
	if (stream_controller_aux_ign_clockdomainsrenamer0_cases_next_value_ce0) begin
		stream_controller_aux_ign <= stream_controller_aux_ign_clockdomainsrenamer0_cases_next_value0;
	end
	if (stream_controller_eop_clockdomainsrenamer0_cases_next_value_ce1) begin
		stream_controller_eop <= stream_controller_eop_clockdomainsrenamer0_cases_next_value1;
	end
	if (stream_controller_reset_crc_clockdomainsrenamer0_cases_next_value_ce2) begin
		stream_controller_reset_crc <= stream_controller_reset_crc_clockdomainsrenamer0_cases_next_value2;
	end
	if (stream_controller_reset) begin
		stream_controller_sop <= 1'd0;
		stream_controller_eop <= 1'd0;
		stream_controller_idle <= 1'd0;
		stream_controller_intermediate <= 1'd0;
		stream_controller_encoder_ready <= 1'd0;
		stream_controller_fifo_re <= 1'd0;
		stream_controller_strobe_crc <= 1'd0;
		stream_controller_reset_crc <= 1'd0;
		stream_controller_aux_ign <= 1'd0;
		tx_state <= 3'd0;
	end
	if (tx_rst) begin
		crc_encoder_crc_cur <= 20'd1048575;
		stream_controller_sop <= 1'd0;
		stream_controller_eop <= 1'd0;
		stream_controller_idle <= 1'd0;
		stream_controller_intermediate <= 1'd0;
		stream_controller_encoder_ready <= 1'd0;
		stream_controller_fifo_re <= 1'd0;
		stream_controller_strobe_crc <= 1'd0;
		stream_controller_reset_crc <= 1'd0;
		stream_controller_aux_ign <= 1'd0;
		graycounter1_q <= 11'd0;
		graycounter1_q_binary <= 11'd0;
		tx_state <= 3'd0;
	end
	multiregimpl0_regs0 <= tx_init_done0;
	multiregimpl0_regs1 <= multiregimpl0_regs0;
	multiregimpl1_regs0 <= fifo_empty0;
	multiregimpl1_regs1 <= multiregimpl1_regs0;
	multiregimpl2_regs0 <= graycounter0_q;
	multiregimpl2_regs1 <= multiregimpl2_regs0;
end

always @(posedge write_clk_1) begin
	graycounter0_q_binary <= graycounter0_q_next_binary;
	graycounter0_q <= graycounter0_q_next;
	if (enable) begin
		state <= {(((((state[4] ^ state[5]) ^ (state[5] ^ state[6])) ^ ((state[5] ^ state[6]) ^ state[0])) ^ (((state[5] ^ state[6]) ^ state[0]) ^ (state[0] ^ state[1]))) ^ ((((state[5] ^ state[6]) ^ state[0]) ^ (state[0] ^ state[1])) ^ ((state[0] ^ state[1]) ^ (state[1] ^ state[2])))), (((((state[3] ^ state[4]) ^ (state[4] ^ state[5])) ^ ((state[4] ^ state[5]) ^ (state[5] ^ state[6]))) ^ (((state[4] ^ state[5]) ^ (state[5] ^ state[6])) ^ ((state[5] ^ state[6]) ^ state[0]))) ^ ((((state[4] ^ state[5]) ^ (state[5] ^ state[6])) ^ ((state[5] ^ state[6]) ^ state[0])) ^ (((state[5] ^ state[6]) ^ state[0]) ^ (state[0] ^ state[1])))), (((((state[2] ^ state[3]) ^ (state[3] ^ state[4])) ^ ((state[3] ^ state[4]) ^ (state[4] ^ state[5]))) ^ (((state[3] ^ state[4]) ^ (state[4] ^ state[5])) ^ ((state[4] ^ state[5]) ^ (state[5] ^ state[6])))) ^ ((((state[3] ^ state[4]) ^ (state[4] ^ state[5])) ^ ((state[4] ^ state[5]) ^ (state[5] ^ state[6]))) ^ (((state[4] ^ state[5]) ^ (state[5] ^ state[6])) ^ ((state[5] ^ state[6]) ^ state[0])))), (((((state[1] ^ state[2]) ^ (state[2] ^ state[3])) ^ ((state[2] ^ state[3]) ^ (state[3] ^ state[4]))) ^ (((state[2] ^ state[3]) ^ (state[3] ^ state[4])) ^ ((state[3] ^ state[4]) ^ (state[4] ^ state[5])))) ^ ((((state[2] ^ state[3]) ^ (state[3] ^ state[4])) ^ ((state[3] ^ state[4]) ^ (state[4] ^ state[5]))) ^ (((state[3] ^ state[4]) ^ (state[4] ^ state[5])) ^ ((state[4] ^ state[5]) ^ (state[5] ^ state[6]))))), (((((state[0] ^ state[1]) ^ (state[1] ^ state[2])) ^ ((state[1] ^ state[2]) ^ (state[2] ^ state[3]))) ^ (((state[1] ^ state[2]) ^ (state[2] ^ state[3])) ^ ((state[2] ^ state[3]) ^ (state[3] ^ state[4])))) ^ ((((state[1] ^ state[2]) ^ (state[2] ^ state[3])) ^ ((state[2] ^ state[3]) ^ (state[3] ^ state[4]))) ^ (((state[2] ^ state[3]) ^ (state[3] ^ state[4])) ^ ((state[3] ^ state[4]) ^ (state[4] ^ state[5]))))), ((((((state[5] ^ state[6]) ^ state[0]) ^ (state[0] ^ state[1])) ^ ((state[0] ^ state[1]) ^ (state[1] ^ state[2]))) ^ (((state[0] ^ state[1]) ^ (state[1] ^ state[2])) ^ ((state[1] ^ state[2]) ^ (state[2] ^ state[3])))) ^ ((((state[0] ^ state[1]) ^ (state[1] ^ state[2])) ^ ((state[1] ^ state[2]) ^ (state[2] ^ state[3]))) ^ (((state[1] ^ state[2]) ^ (state[2] ^ state[3])) ^ ((state[2] ^ state[3]) ^ (state[3] ^ state[4]))))), ((((((state[4] ^ state[5]) ^ (state[5] ^ state[6])) ^ ((state[5] ^ state[6]) ^ state[0])) ^ (((state[5] ^ state[6]) ^ state[0]) ^ (state[0] ^ state[1]))) ^ ((((state[5] ^ state[6]) ^ state[0]) ^ (state[0] ^ state[1])) ^ ((state[0] ^ state[1]) ^ (state[1] ^ state[2])))) ^ (((((state[5] ^ state[6]) ^ state[0]) ^ (state[0] ^ state[1])) ^ ((state[0] ^ state[1]) ^ (state[1] ^ state[2]))) ^ (((state[0] ^ state[1]) ^ (state[1] ^ state[2])) ^ ((state[1] ^ state[2]) ^ (state[2] ^ state[3])))))};
		o <= {(state[5] ^ state[6]), (state[4] ^ state[5]), (state[3] ^ state[4]), (state[2] ^ state[3]), (state[1] ^ state[2]), (state[0] ^ state[1]), ((state[5] ^ state[6]) ^ state[0]), ((state[4] ^ state[5]) ^ (state[5] ^ state[6])), ((state[3] ^ state[4]) ^ (state[4] ^ state[5])), ((state[2] ^ state[3]) ^ (state[3] ^ state[4])), ((state[1] ^ state[2]) ^ (state[2] ^ state[3])), ((state[0] ^ state[1]) ^ (state[1] ^ state[2])), (((state[5] ^ state[6]) ^ state[0]) ^ (state[0] ^ state[1])), (((state[4] ^ state[5]) ^ (state[5] ^ state[6])) ^ ((state[5] ^ state[6]) ^ state[0])), (((state[3] ^ state[4]) ^ (state[4] ^ state[5])) ^ ((state[4] ^ state[5]) ^ (state[5] ^ state[6]))), (((state[2] ^ state[3]) ^ (state[3] ^ state[4])) ^ ((state[3] ^ state[4]) ^ (state[4] ^ state[5]))), (((state[1] ^ state[2]) ^ (state[2] ^ state[3])) ^ ((state[2] ^ state[3]) ^ (state[3] ^ state[4]))), (((state[0] ^ state[1]) ^ (state[1] ^ state[2])) ^ ((state[1] ^ state[2]) ^ (state[2] ^ state[3]))), ((((state[5] ^ state[6]) ^ state[0]) ^ (state[0] ^ state[1])) ^ ((state[0] ^ state[1]) ^ (state[1] ^ state[2]))), ((((state[4] ^ state[5]) ^ (state[5] ^ state[6])) ^ ((state[5] ^ state[6]) ^ state[0])) ^ (((state[5] ^ state[6]) ^ state[0]) ^ (state[0] ^ state[1]))), ((((state[3] ^ state[4]) ^ (state[4] ^ state[5])) ^ ((state[4] ^ state[5]) ^ (state[5] ^ state[6]))) ^ (((state[4] ^ state[5]) ^ (state[5] ^ state[6])) ^ ((state[5] ^ state[6]) ^ state[0]))), ((((state[2] ^ state[3]) ^ (state[3] ^ state[4])) ^ ((state[3] ^ state[4]) ^ (state[4] ^ state[5]))) ^ (((state[3] ^ state[4]) ^ (state[4] ^ state[5])) ^ ((state[4] ^ state[5]) ^ (state[5] ^ state[6])))), ((((state[1] ^ state[2]) ^ (state[2] ^ state[3])) ^ ((state[2] ^ state[3]) ^ (state[3] ^ state[4]))) ^ (((state[2] ^ state[3]) ^ (state[3] ^ state[4])) ^ ((state[3] ^ state[4]) ^ (state[4] ^ state[5])))), ((((state[0] ^ state[1]) ^ (state[1] ^ state[2])) ^ ((state[1] ^ state[2]) ^ (state[2] ^ state[3]))) ^ (((state[1] ^ state[2]) ^ (state[2] ^ state[3])) ^ ((state[2] ^ state[3]) ^ (state[3] ^ state[4])))), (((((state[5] ^ state[6]) ^ state[0]) ^ (state[0] ^ state[1])) ^ ((state[0] ^ state[1]) ^ (state[1] ^ state[2]))) ^ (((state[0] ^ state[1]) ^ (state[1] ^ state[2])) ^ ((state[1] ^ state[2]) ^ (state[2] ^ state[3])))), (((((state[4] ^ state[5]) ^ (state[5] ^ state[6])) ^ ((state[5] ^ state[6]) ^ state[0])) ^ (((state[5] ^ state[6]) ^ state[0]) ^ (state[0] ^ state[1]))) ^ ((((state[5] ^ state[6]) ^ state[0]) ^ (state[0] ^ state[1])) ^ ((state[0] ^ state[1]) ^ (state[1] ^ state[2])))), (((((state[3] ^ state[4]) ^ (state[4] ^ state[5])) ^ ((state[4] ^ state[5]) ^ (state[5] ^ state[6]))) ^ (((state[4] ^ state[5]) ^ (state[5] ^ state[6])) ^ ((state[5] ^ state[6]) ^ state[0]))) ^ ((((state[4] ^ state[5]) ^ (state[5] ^ state[6])) ^ ((state[5] ^ state[6]) ^ state[0])) ^ (((state[5] ^ state[6]) ^ state[0]) ^ (state[0] ^ state[1])))), (((((state[2] ^ state[3]) ^ (state[3] ^ state[4])) ^ ((state[3] ^ state[4]) ^ (state[4] ^ state[5]))) ^ (((state[3] ^ state[4]) ^ (state[4] ^ state[5])) ^ ((state[4] ^ state[5]) ^ (state[5] ^ state[6])))) ^ ((((state[3] ^ state[4]) ^ (state[4] ^ state[5])) ^ ((state[4] ^ state[5]) ^ (state[5] ^ state[6]))) ^ (((state[4] ^ state[5]) ^ (state[5] ^ state[6])) ^ ((state[5] ^ state[6]) ^ state[0])))), (((((state[1] ^ state[2]) ^ (state[2] ^ state[3])) ^ ((state[2] ^ state[3]) ^ (state[3] ^ state[4]))) ^ (((state[2] ^ state[3]) ^ (state[3] ^ state[4])) ^ ((state[3] ^ state[4]) ^ (state[4] ^ state[5])))) ^ ((((state[2] ^ state[3]) ^ (state[3] ^ state[4])) ^ ((state[3] ^ state[4]) ^ (state[4] ^ state[5]))) ^ (((state[3] ^ state[4]) ^ (state[4] ^ state[5])) ^ ((state[4] ^ state[5]) ^ (state[5] ^ state[6]))))), (((((state[0] ^ state[1]) ^ (state[1] ^ state[2])) ^ ((state[1] ^ state[2]) ^ (state[2] ^ state[3]))) ^ (((state[1] ^ state[2]) ^ (state[2] ^ state[3])) ^ ((state[2] ^ state[3]) ^ (state[3] ^ state[4])))) ^ ((((state[1] ^ state[2]) ^ (state[2] ^ state[3])) ^ ((state[2] ^ state[3]) ^ (state[3] ^ state[4]))) ^ (((state[2] ^ state[3]) ^ (state[3] ^ state[4])) ^ ((state[3] ^ state[4]) ^ (state[4] ^ state[5]))))), ((((((state[5] ^ state[6]) ^ state[0]) ^ (state[0] ^ state[1])) ^ ((state[0] ^ state[1]) ^ (state[1] ^ state[2]))) ^ (((state[0] ^ state[1]) ^ (state[1] ^ state[2])) ^ ((state[1] ^ state[2]) ^ (state[2] ^ state[3])))) ^ ((((state[0] ^ state[1]) ^ (state[1] ^ state[2])) ^ ((state[1] ^ state[2]) ^ (state[2] ^ state[3]))) ^ (((state[1] ^ state[2]) ^ (state[2] ^ state[3])) ^ ((state[2] ^ state[3]) ^ (state[3] ^ state[4]))))), ((((((state[4] ^ state[5]) ^ (state[5] ^ state[6])) ^ ((state[5] ^ state[6]) ^ state[0])) ^ (((state[5] ^ state[6]) ^ state[0]) ^ (state[0] ^ state[1]))) ^ ((((state[5] ^ state[6]) ^ state[0]) ^ (state[0] ^ state[1])) ^ ((state[0] ^ state[1]) ^ (state[1] ^ state[2])))) ^ (((((state[5] ^ state[6]) ^ state[0]) ^ (state[0] ^ state[1])) ^ ((state[0] ^ state[1]) ^ (state[1] ^ state[2]))) ^ (((state[0] ^ state[1]) ^ (state[1] ^ state[2])) ^ ((state[1] ^ state[2]) ^ (state[2] ^ state[3])))))};
	end
	fsm_state <= fsm_next_state;
	if (prbs_en_clockdomainsrenamer1_next_value_ce0) begin
		prbs_en <= prbs_en_clockdomainsrenamer1_next_value0;
	end
	if (data_type_clockdomainsrenamer1_next_value_ce1) begin
		data_type <= data_type_clockdomainsrenamer1_next_value1;
	end
	if (write_fifo_clockdomainsrenamer1_next_value_ce2) begin
		write_fifo <= write_fifo_clockdomainsrenamer1_next_value2;
	end
	if (index_clockdomainsrenamer1_next_value_ce3) begin
		index <= index_clockdomainsrenamer1_next_value3;
	end
	if (write_rst) begin
		graycounter0_q <= 11'd0;
		graycounter0_q_binary <= 11'd0;
		o <= 32'd0;
		state <= 7'd1;
		prbs_en <= 1'd0;
		data_type <= 2'd0;
		index <= 8'd0;
		write_fifo <= 1'd0;
		fsm_state <= 3'd0;
	end
	multiregimpl3_regs0 <= graycounter1_q;
	multiregimpl3_regs1 <= multiregimpl3_regs0;
end

reg [33:0] storage[0:1023];
reg [9:0] memadr;
reg [9:0] memadr_1;
always @(posedge write_clk_1) begin
	if (wrport_we)
		storage[wrport_adr] <= wrport_dat_w;
	memadr <= wrport_adr;
end

always @(posedge tx_clk_1) begin
	memadr_1 <= rdport_adr;
end

assign wrport_dat_r = storage[memadr];
assign rdport_dat_r = storage[memadr_1];
endmodule